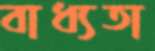
বাধ্যতা